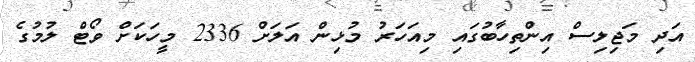
އަދި މަޖިލިސް އިންތިހާބުގައި މިއަހަރު މުޅިން އަލަށް 2336 މީހަކަށް ވޯޓް ލުމުގެ